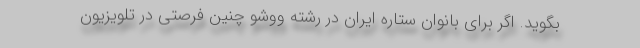
بگوید. اگر برای بانوان ستاره ایران در رشته ووشو چنین فرصتی در تلویزیون